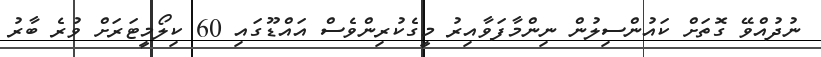
ނުދުއްވޭ ގޮތަށް ކައުންސިލުން ނިންމާފަވާއިރު މީގެކުރިންވެސް އައްޑޫގައި 60 ކިލޯމީޓަރަށް ވުރެ ބާރު